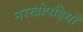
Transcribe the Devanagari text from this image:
नरखोपड़ियाँ